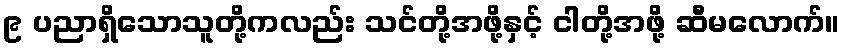
၉ ပညာရှိသောသူတို့ကလည်း သင်တို့အဖို့နှင့် ငါတို့အဖို့ ဆီမလောက်။